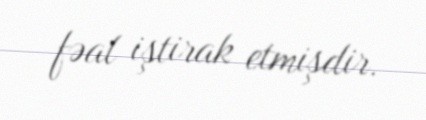
fəal iştirak etmişdir.